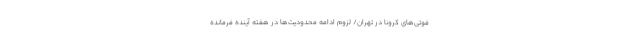
فوتی‌های کرونا در تهران/ لزوم ادامه محدودیت‌ها در هفته آینده فرمانده